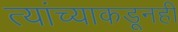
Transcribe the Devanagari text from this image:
त्यांच्याकडूनही